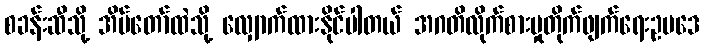
စခန်းဆီသို့ အိမ်တော်ထဲသို့ လျှောက်ထားနိုင်ပါတယ် အဂတိလိုက်စားမှုတိုက်ဖျက်ရေးဥပဒေ